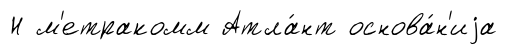
Н м'етракомм Атла́нт основа́н'иjа